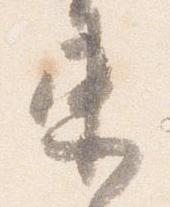
束